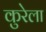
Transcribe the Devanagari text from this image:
कुरेला